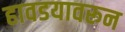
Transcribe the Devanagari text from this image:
हावडयावरून